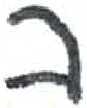
אות: ב